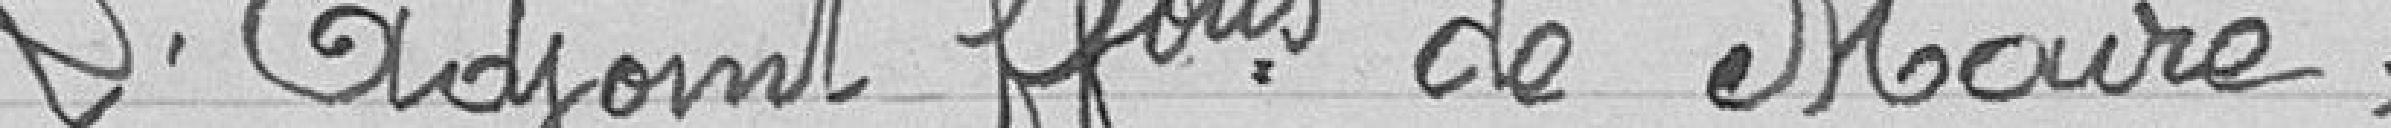
L'Adjoint faisant fonctions de Maire